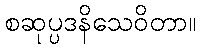
စဆုပ္ပဒနိသေဝိတာ။